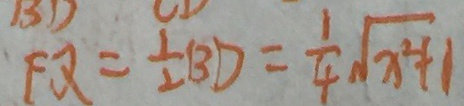
F Q = \frac { 1 } { 2 } B D = \frac { 1 } { 4 } \sqrt { x ^ { 2 } + 1 }